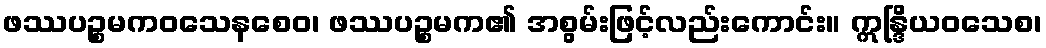
ဖဿပဉ္စမကဝသေနစေဝ၊ ဖဿပဉ္စမက၏ အစွမ်းဖြင့်လည်းကောင်း။ ဣန္ဒြိယဝသေစ၊